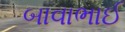
બાવાભાઈ